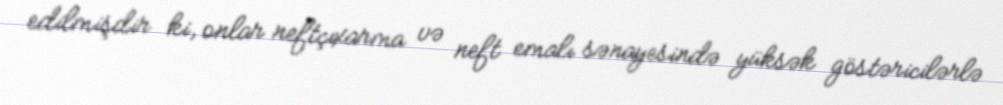
edilmişdir ki, onlar neftçıxarma və neft emalı sənayesində yüksək göstəricilərlə